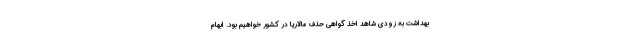
بهداشت به زودی شاهد اخذ گواهی حذف مالاریا در کشور خواهیم بود. ابهام